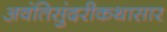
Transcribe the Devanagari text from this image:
अवंतिसुंदरीकथासार